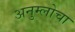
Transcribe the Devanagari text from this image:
अनुम्लोचा